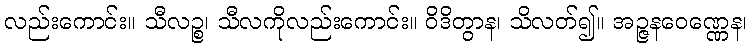
လည်းကောင်း။ သီလဉ္စ၊ သီလကိုလည်းကောင်း။ ဝိဒိတွာန၊ သိလတ်၍။ အဉ္ဇနဝေဏ္ဏေန၊